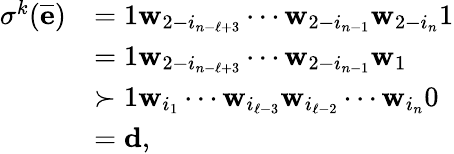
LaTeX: \begin{array}{rl}{\sigma^{k}(\overline{{\mathbf e}})}&{=1\mathbf w_{2-i_{n-\ell+3}}\cdots\mathbf w_{2-i_{n-1}}\mathbf w_{2-i_{n}}1}\\ &{=1\mathbf w_{2-i_{n-\ell+3}}\cdots\mathbf w_{2-i_{n-1}}\mathbf w_{1}}\\ &{\succ 1\mathbf w_{i_{1}}\cdots\mathbf w_{i_{\ell-3}}\mathbf w_{i_{\ell-2}}\cdots\mathbf w_{i_{n}}0}\\ &{=\mathbf d,}\end{array}